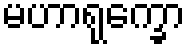
မဟာရုက္ခော